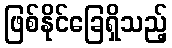
ဖြစ်နိုင်ခြေရှိသည့်